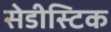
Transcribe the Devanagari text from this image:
सेडीस्टिक